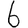
Digit: 6